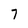
Character: 7